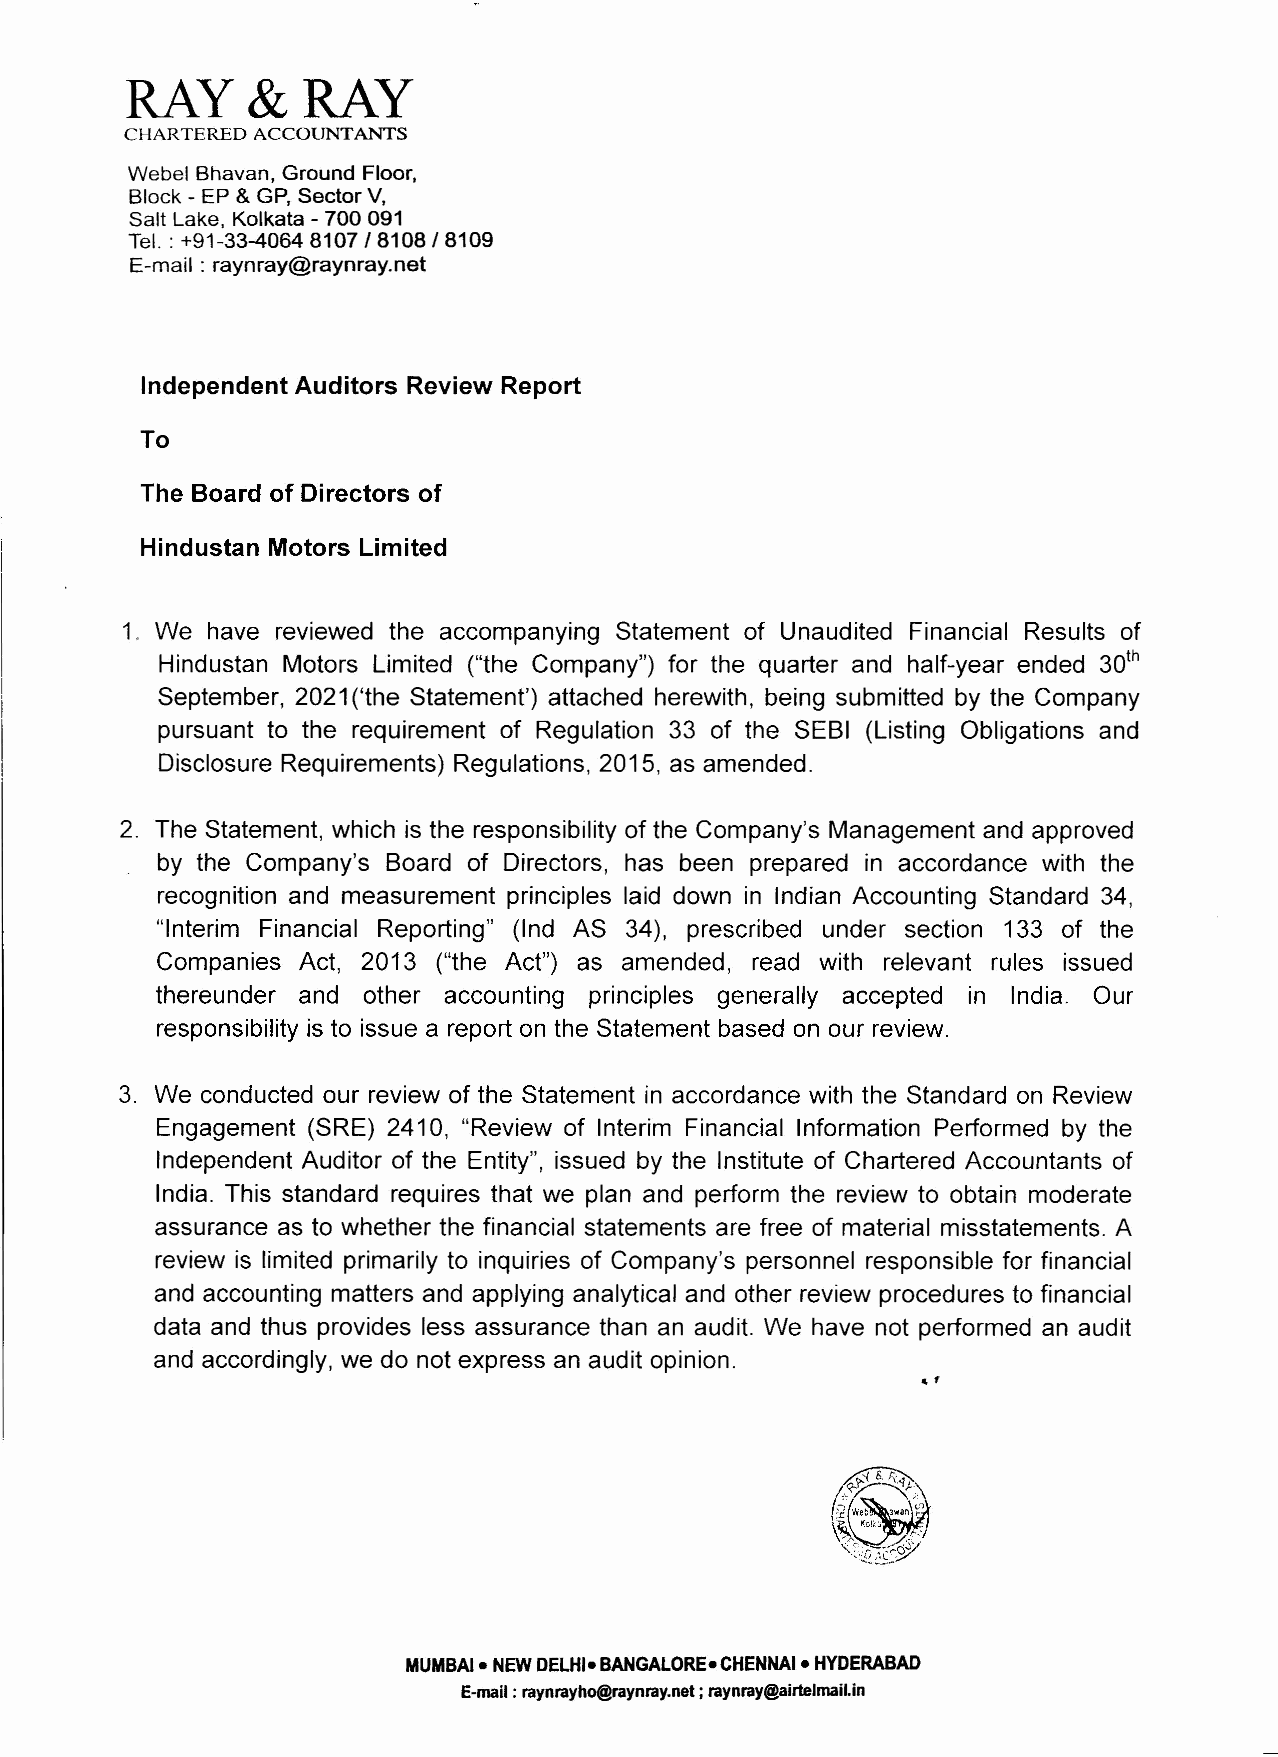
RAY     &   RAY
 CHARTERED ACCOUNTANTS
 Webel Bhavan, Ground Floor,
 Block - EP & GP, Sector V,
 Salt Lake, Kolkata - 700 091
 Tel. :+91-33-40648107/8108/8109
 E-mail: raynray@raynray.net
 Independent Auditors Review Report
 To
 The Board of Directors of
 Hindustan Motors Limited
 1. We have reviewed the accompanying Statement of Unaudited Financial Results of
 Hindustan Motors Limited ("the Company") for the quarter and half-year ended 30th
 September, 2021('the Statement') attached herewith, being submitted by the Company
 pursuant to the requirement of Regulation 33 of the SEBI (Listing Obligations and
 Disclosure Requirements) Regulations, 2015, as amended.
 2. The Statement, which is the responsibility of the Company's Management and approved
 by the Company's Board of Directors, has been prepared in accordance with the
 recognition and measurement principles laid down in Indian Accounting Standard 34,
 "Interim Financial Reporting" (Ind AS 34), prescribed under section 133 of the
 Companies Act, 2013 ("the Act") as amended, read with relevant rules issued
 thereunder and other accounting principles generally accepted in India. Our
 responsibility is to issue a report on the Statement based on our review.
 3. We conducted our review of the Statement in accordance with the Standard on Review
 Engagement (SRE) 2410, "Review of Interim Financial Information Performed by the
 Independent Auditor of the Entity", issued by the Institute of Chartered Accountants of
 India. This standard requires that we plan and perform the review to obtain moderate
 assurance as to whether the financial statements are free of material misstatements. A
 review is limited primarily to inquiries of Company's personnel responsible for financial
 and accounting matters and applying analytical and other review procedures to financial
 data and thus provides less assurance than an audit. We have not performed an audit
 and accordingly, we do not express an audit opinion.
 ,,
 MUMBAI - NEWDELHI- BANGALORE- CHENNAI - HYDERABAD
 E-mail: raynrayho@raynray.net ;raynray@airlelmail.in